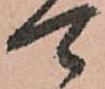
可